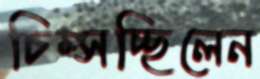
চিম্‌সচ্ছিলেন